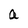
Character: a